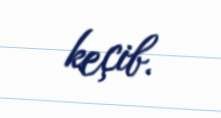
keçib.